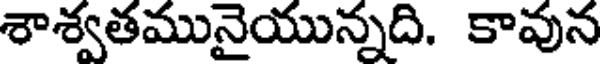
శాశ్వతమునైయున్నది. కావున